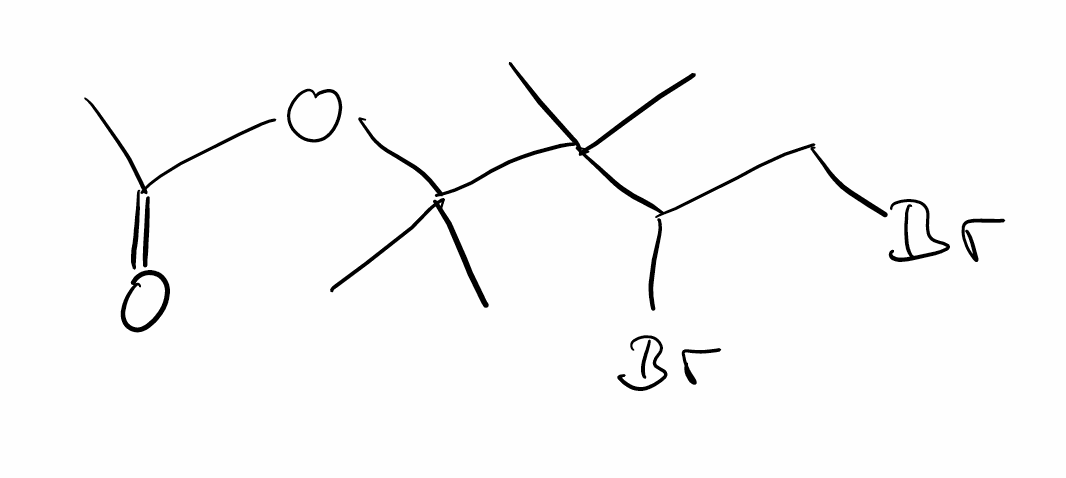
Simplified molecular-input line-entry system (SMILES) notation of the given molecule:
CC(=O)OC(C)(C)C(C)(C)C(CBr)Br